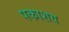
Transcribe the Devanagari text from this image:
पकाशय